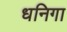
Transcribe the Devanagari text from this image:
धनिगा